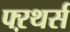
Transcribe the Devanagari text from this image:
फ्ऱथर्स